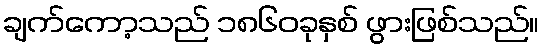
ချက်ကော့သည် ၁၈၆၀ခုနှစ် ဖွားဖြစ်သည်။